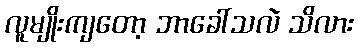
လူမျိုးကျတော့ ဘာခေါ်သလဲ သိလား